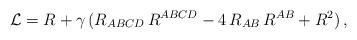
LaTeX: \begin{align*}{\cal L} = R + \gamma \,( R_{A B C D} \, R^{A B C D} - 4 \,R_{A B} \, R^{A B} + R^2 ) \, , \end{align*}